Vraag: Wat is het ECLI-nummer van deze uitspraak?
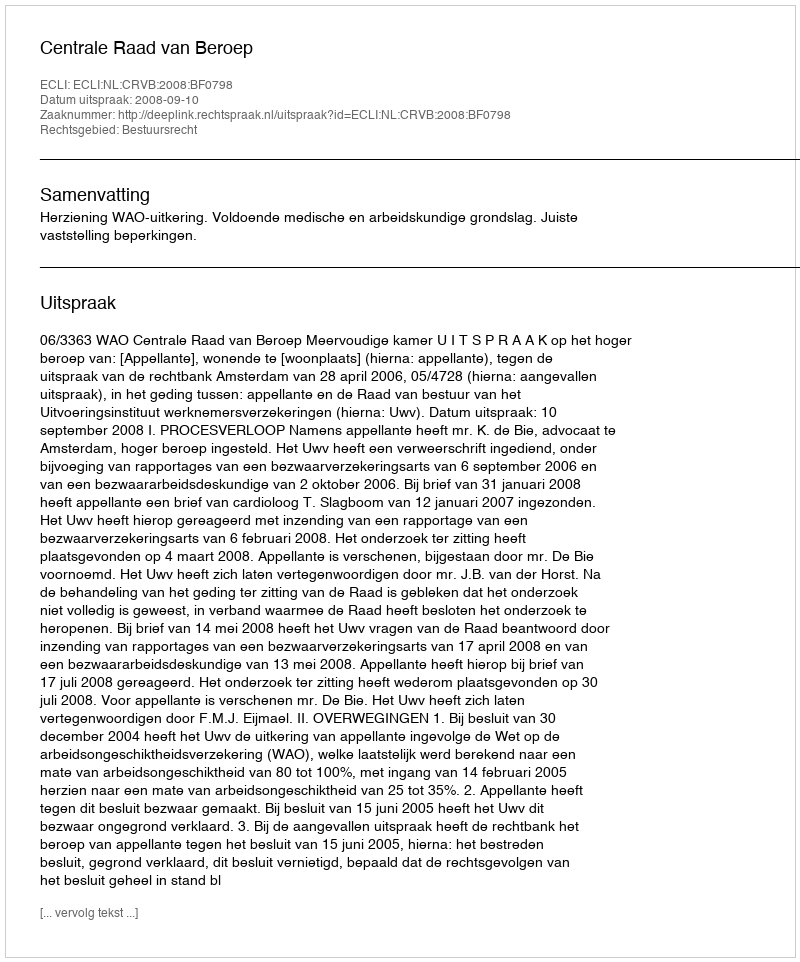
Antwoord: ECLI:NL:CRVB:2008:BF0798